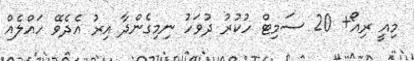
މިއީ ރިއޯ+ 20 ސަމިޓް ހުކުރު ދުވަހު ނިމިގެންދާ އިރު އެދެވޭ ހައްލެއް